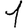
Digit: 1